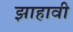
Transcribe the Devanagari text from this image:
झाहावी